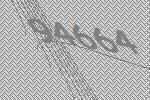
94664